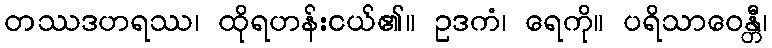
တဿဒဟရဿ၊ ထိုရဟန်းငယ်၏။ ဥဒကံ၊ ရေကို။ ပရိသာဝေန္တီ၊